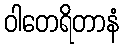
ဝါတေရိတာနံ